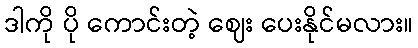
ဒါကို ပို ကောင်းတဲ့ ဈေး ပေးနိုင်မလား။